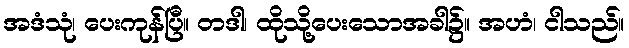
အဒံသုံ၊ ပေးကုန်ပြီ။ တဒါ၊ ထိုသို့ပေးသောအခါ၌။ အဟံ၊ ငါသည်။